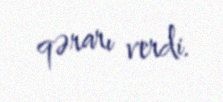
qərarı verdi.